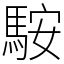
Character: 𩣑